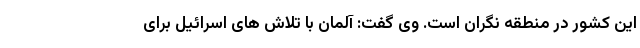
این کشور در منطقه نگران است. وی گفت: آلمان با تلاش‌ های اسرائیل برای